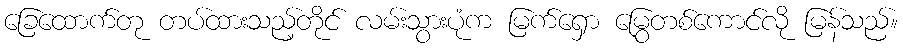
ခြေထောက်တု တပ်ထားသည့်တိုင် လမ်းသွားပုံက မြက်ရှော မြွေတစ်ကောင်လို မြန်သည်။